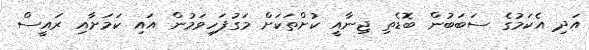
އަދި އެކަމުގެ ސަބަބުން ބޮޑެތި ޖިނާއީ ކުށްތަކަށް މަގުފަހިވަމުން އައި ކަމަށާއި ރައީސް